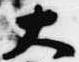
大